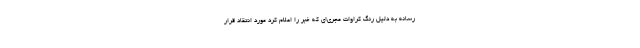
رسانه به دلیل رنگ کراوات مجری‌ای که خبر را اعلام کرد مورد انتقاد قرار